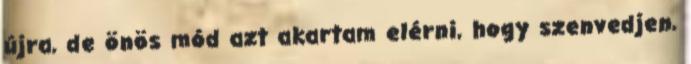
újra, de önös mód azt akartam elérni, hogy szenvedjen,